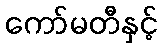
ကော်မတီနှင့်